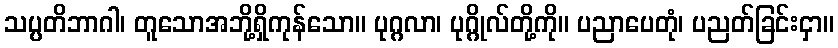
သပ္ပတိဘာဂါ၊ တူသောအဘို့ရှိကုန်သော။ ပုဂ္ဂလာ၊ ပုဂ္ဂိုလ်တို့ကို။ ပညာပေတုံ၊ ပညတ်ခြင်းငှာ။